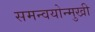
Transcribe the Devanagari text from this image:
समन्वयोन्मुखी